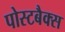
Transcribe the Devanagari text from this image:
पोस्टबैक्स